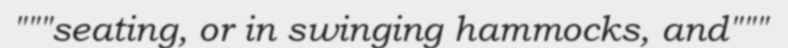
"""seating, or in swinging hammocks, and"""